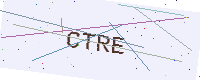
Text: CTRE